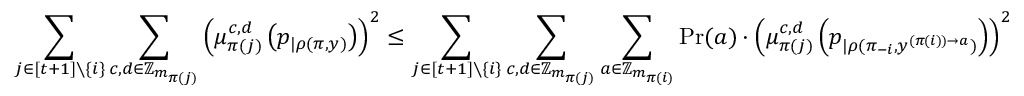
\sum _ { j \in [ t + 1 ] \setminus \{ i \} } \sum _ { c , d \in \mathbb { Z } _ { m _ { \pi ( j ) } } } \left( \mu _ { \pi ( j ) } ^ { c , d } \left( p _ { | \rho ( \pi , y ) } \right) \right) ^ { 2 } \leq \sum _ { j \in [ t + 1 ] \setminus \{ i \} } \sum _ { c , d \in \mathbb { Z } _ { m _ { \pi ( j ) } } } \sum _ { a \in \mathbb { Z } _ { m _ { \pi ( i ) } } } \operatorname* { P r } ( a ) \cdot \left( \mu _ { \pi ( j ) } ^ { c , d } \left( p _ { | \rho ( \pi _ { - i } , y ^ { ( \pi ( i ) ) \to a } ) } \right) \right) ^ { 2 }